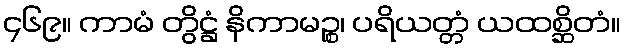
၄၆၉။ ကာမံ တွိဋ္ဌံ နိကာမဉ္စ၊ ပရိယတ္တံ ယထစ္ဆိတံ။